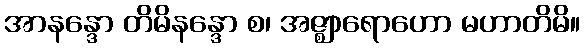
အာနန္ဒော တိမိနန္ဒော စ၊ အဇ္ဈာရောဟော မဟာတိမိ။